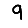
Digit: 9